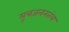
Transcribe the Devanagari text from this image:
मूत्रजननतंत्र